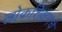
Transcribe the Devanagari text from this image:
लोकशिक्षणचे